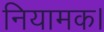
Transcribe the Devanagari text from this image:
नियामक।